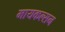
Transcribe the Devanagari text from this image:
मायकल्सन